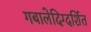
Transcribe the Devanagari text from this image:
गबालेदिग्दर्शित